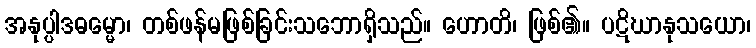
အနုပ္ပါဒဓမ္မော၊ တစ်ဖန်မဖြစ်ခြင်းသဘောရှိသည်။ ဟောတိ၊ ဖြစ်၏။ ပဋိဃာနုသယော၊